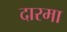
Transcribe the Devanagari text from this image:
दारमा